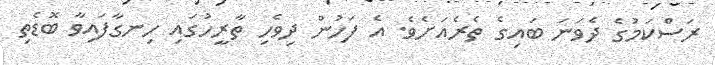
ރަސްކަމުގެ ދެވަނަ ބައިގެ ތެރެއަށެވެ. އެ ފަހުން ދިވެހި ތާރީހުގައި ހިނގާފައިވާ ބޮޑެތި